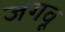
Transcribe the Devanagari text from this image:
जगवू